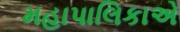
મહાપાલિકાએ